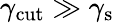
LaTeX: \gamma_{\mathrm{cut}}\gg\gamma_{\mathrm{s}}